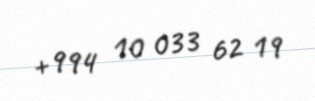
+994 10 033 62 19